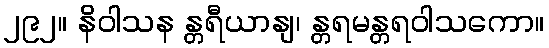
၂၉၂။ နိဝါသန န္တရီယာနျ၊ န္တရမန္တရဝါသကော။